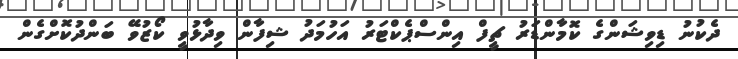
ދެކުނު ޑިވިޝަންގެ ކޮމާންޑަރު ޗީފް އިންސްޕެކްޓަރު އަހުމަދު ޝިފާން ވިދާޅުވީ ކޯޒުވޭ ބަންދުކޮށްގެން